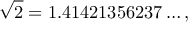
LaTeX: { \sqrt { 2 } } = 1 . 4 1 4 2 1 3 5 6 2 3 7 \dots ,